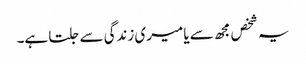
یہ شخص مجھ سے یا میری زندگی سے جلتا ہے۔